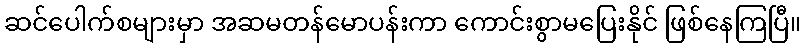
ဆင်ပေါက်စများမှာ အဆမတန်မောပန်းကာ ကောင်းစွာမပြေးနိုင် ဖြစ်နေကြပြီ။